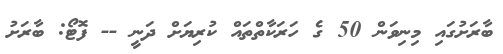
ބާރަށުގައި މިނިވަން 50 ގެ ހަރަކާތްތައް ކުރިޔަށް ދަނީ -- ފޮޓޯ: ބާރަށު